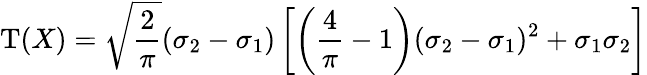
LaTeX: \operatorname{T}(X)={\sqrt{\frac{2}{\pi}}}(\sigma_{2}-\sigma_{1})\left[\left({\frac{4}{\pi}}-1\right)(\sigma_{2}-\sigma_{1})^{2}+\sigma_{1}\sigma_{2}\right]